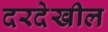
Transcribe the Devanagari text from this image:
दरदेखील